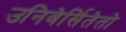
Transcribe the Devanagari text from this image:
उनिवेर्सितेतो